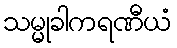
သမ္မုခါကရဏီယံ